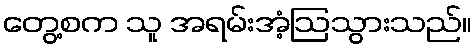
တွေ့စက သူ အရမ်းအံ့ဩသွားသည်။